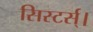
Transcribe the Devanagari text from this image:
सिस्टर्स्।